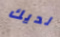
لديك